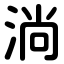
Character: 淌